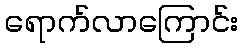
ရောက်လာကြောင်း